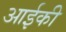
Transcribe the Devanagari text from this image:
आईकी